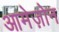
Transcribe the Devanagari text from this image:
आमेज़ोन